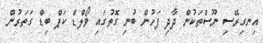
އިނގިރޭސި ނޫސްތަކުން ދާދި ފަހުން ބުނި ގޮތުގައި ވޯލްޑް ކަޕް ބިޑް ގަތަރުން